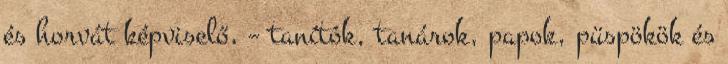
és horvát képviselő, – tanítók, tanárok, papok, püspökök és